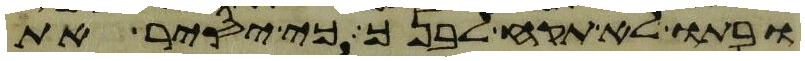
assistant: ובתו לא תקח לבנך כי יסיר את